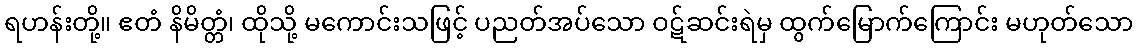
ရဟန်းတို့။ ဧတံ နိမိတ္တံ၊ ထိုသို့ မကောင်းသဖြင့် ပညတ်အပ်သော ဝဋ်ဆင်းရဲမှ ထွက်မြောက်ကြောင်း မဟုတ်သော